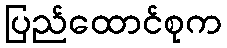
ပြည်ထောင်စုက